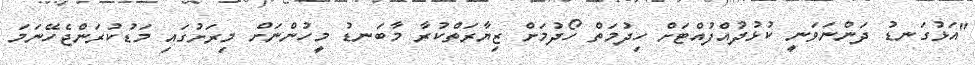
"އަޅުގަނޑު ދަންނަވަނީ ކުޅުދުއްފުއްޓަށް ހިދުމަތް ހޯދުމަށް ޒިޔާރަތްކުރާ މާބަނޑު މީހުންނަށް މިރަށުގައި މަޑުކުރަންޖެހޭނަމަ